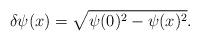
LaTeX: \begin{align*}\delta \psi(x)=\sqrt{\psi(0)^2-\psi(x)^2}.\end{align*}